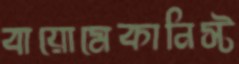
বায়োমেকানিস্ট